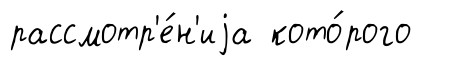
рассмотр'е́н'иjа кото́рого